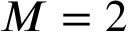
M = 2